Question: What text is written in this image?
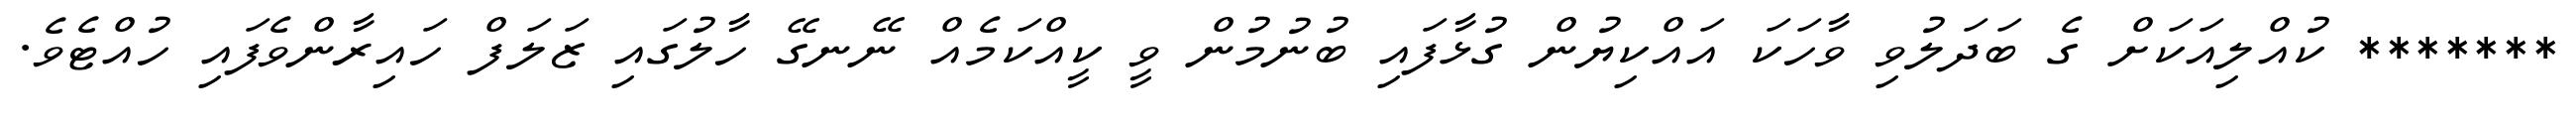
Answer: ******* ކުއްލިއަކަށް ގެ ބަދަލުވި ވާހަކަ އައްކިޔުން ގުޅާފައި ބުނުމުން ވީ ކީއްކަމެއް ނޭނގޭ ހާލުގައި ޒަލަފް ހައިރާންވެފައި ހުއްޓެވެ.